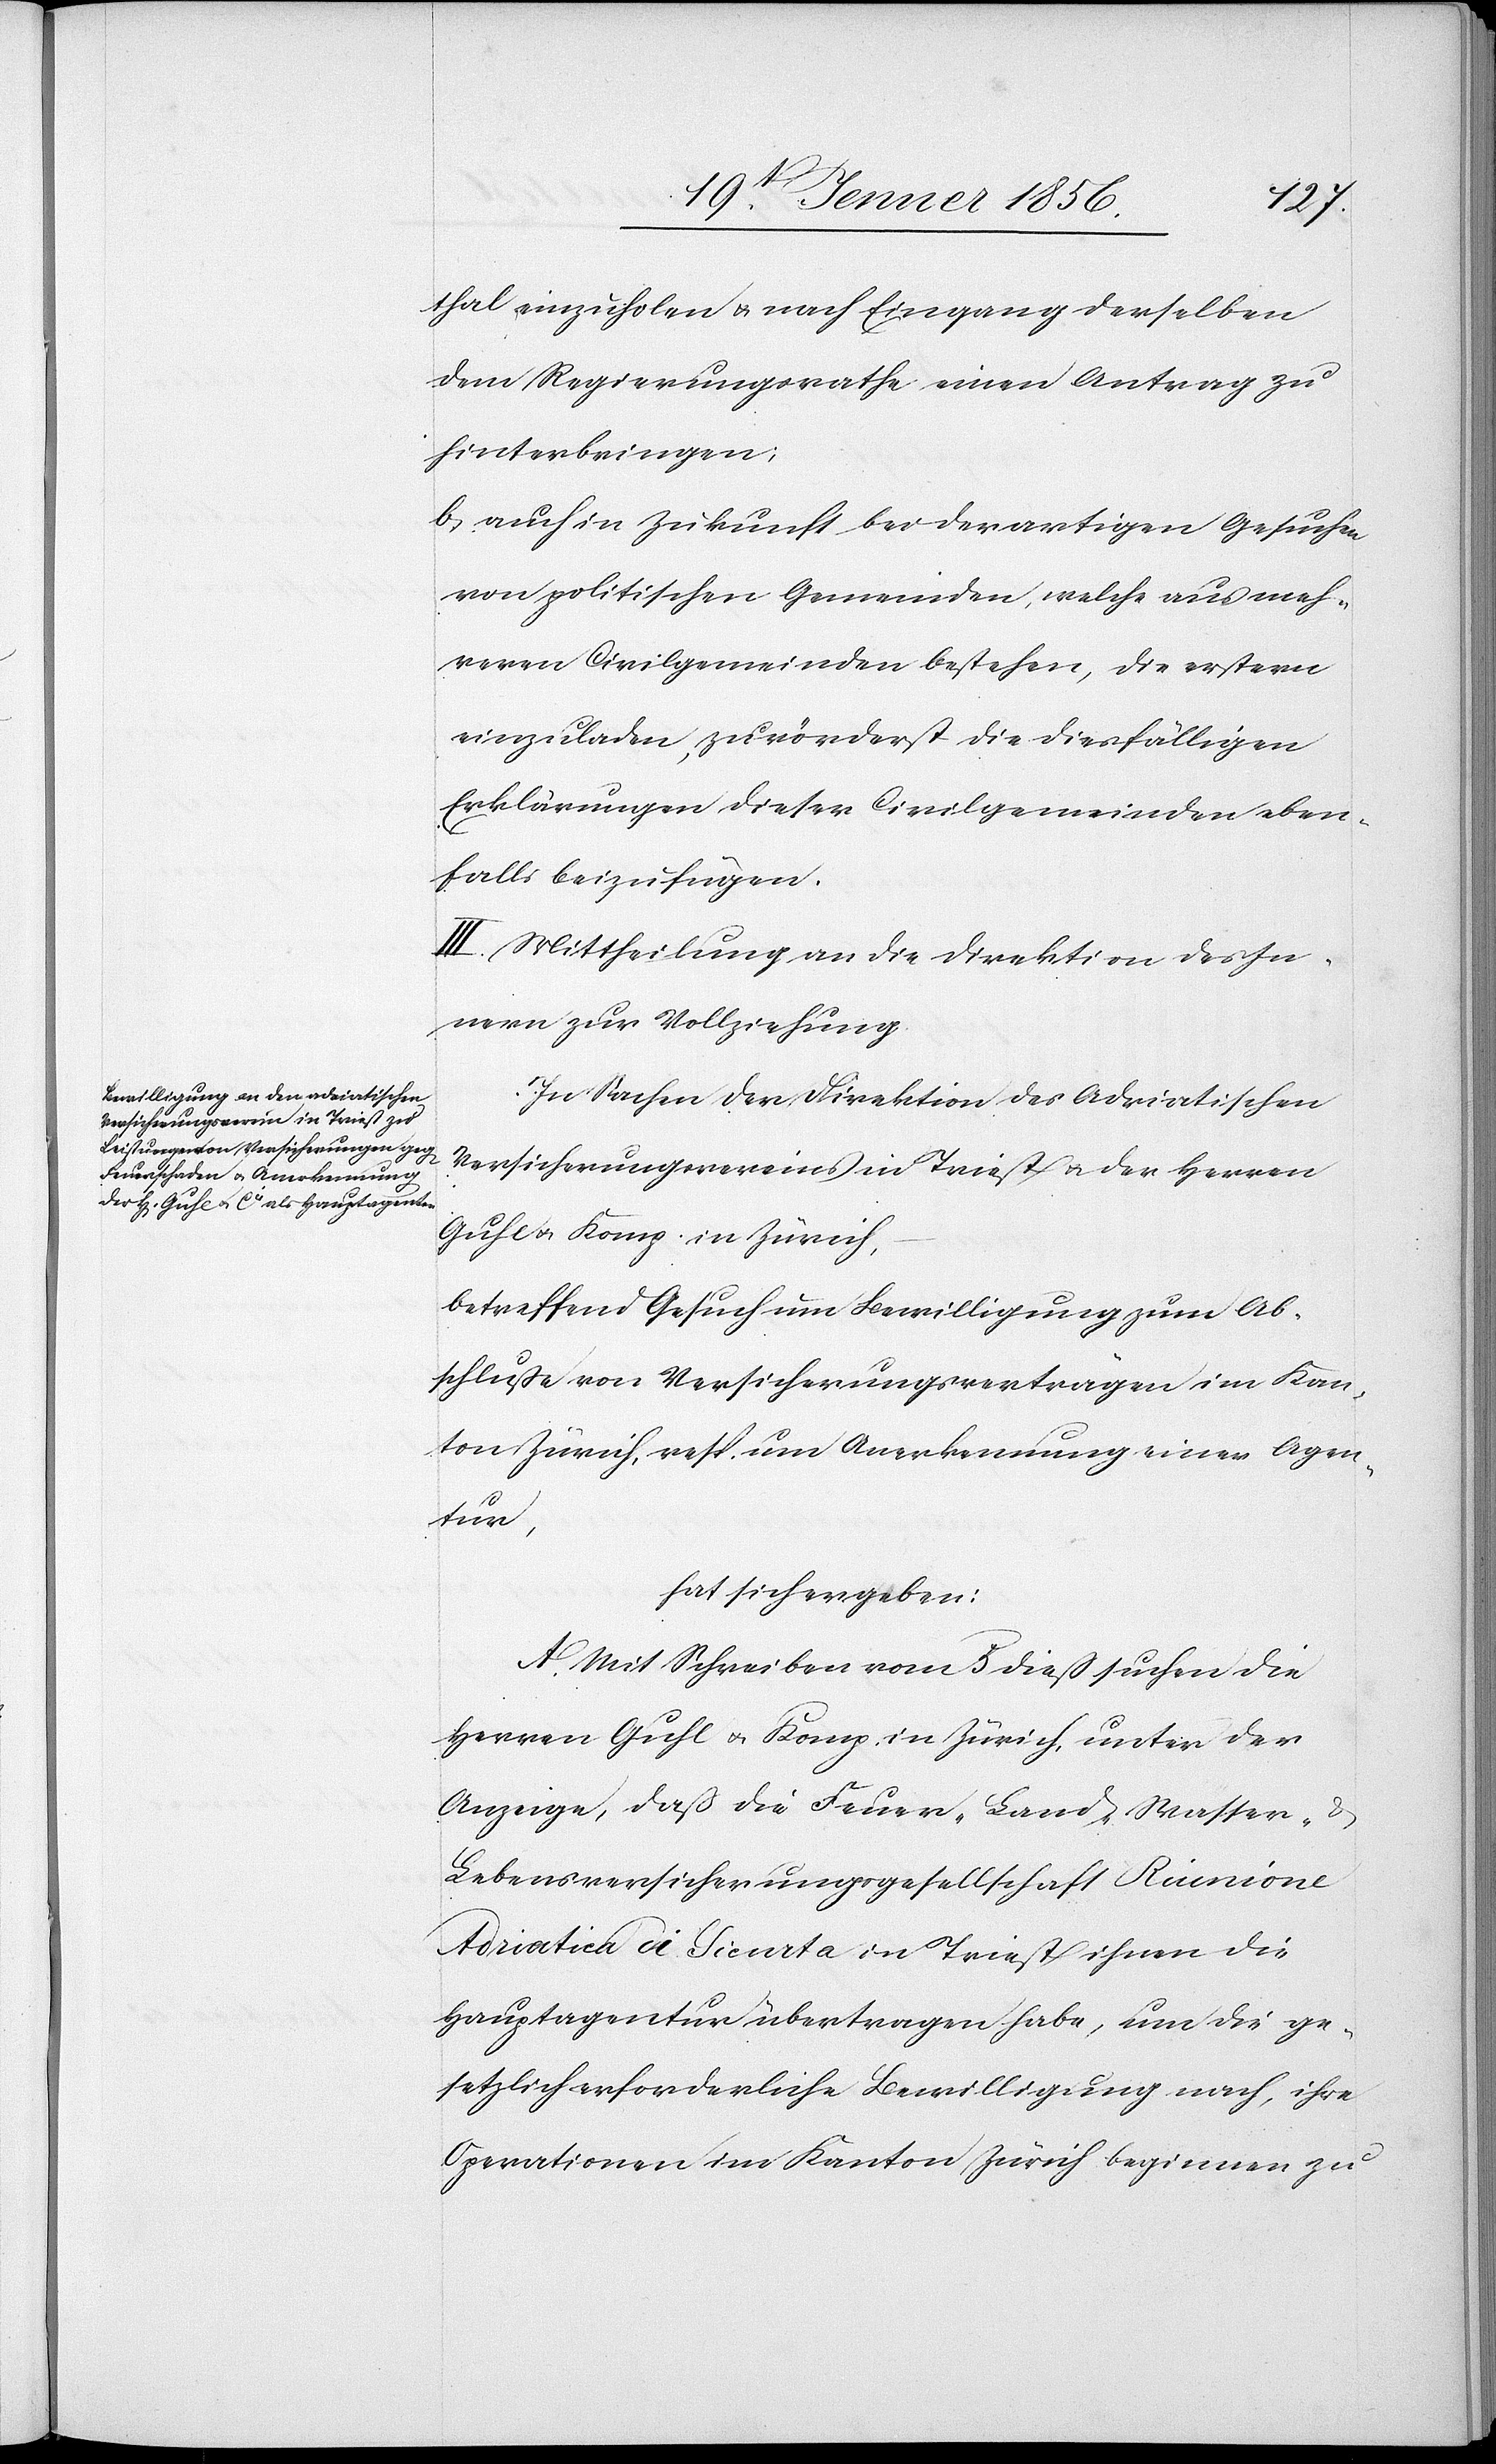
thal einzuholen u. nach Eingang derselben
dem Regierungsrathe einen Antrag zu
hinterbringen;
b, auch in Zukunft bei derartigen Gesuchen
von politischen Gemeinden, welche aus meh¬
reren Civilgemeinden bestehen, die erstern
einzuladen, zu vörderst die diesfälligen
Erklärungen dieser Civilgemeinde eben¬
falls beizufügen.
III. Mittheilung an die Direktion des In¬
nern zur Vollziehung.
In Sachen der Direktion des Adriatischen
Versicherungsvereins in Triest u. der Herren
Guhl u. Komp. in Zürich,
hat sich ergeben:
A. Mit Schreiben vom 5 dieß suchen die
Herren Guhl u. Komp. in Zürich, unter der
Anzeige, daß die Feuer- [,] Land- [,] Wasser- &
Lebensversicherungsgesellschaft Riunione
Adriatica di Sicurta in Triest ihnen die
Hauptagentur übertragen habe, um die ge¬
setzlich erforderliche Bewilligung nach, ihre
Operationen im Kanton Zürich beginnen zu